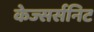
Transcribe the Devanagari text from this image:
केज्सर्सनिट